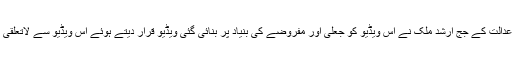
تاہم احتساب عدالت کے جج ارشد ملک نے اس ویڈیو کو جعلی اور مفروضے کی بنیاد پر بنائی گئی ویڈیو قرار دیتے ہوئے اس ویڈیو سے لاتعلقی کا اظہار کیا۔